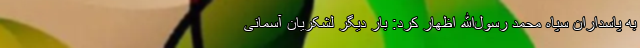
به پاسداران سپاه محمد رسول‌الله اظهار کرد: بار دیگر لشکریان آسمانی